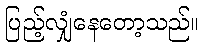
ပြည့်လျှံနေတော့သည်။